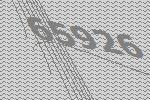
65926